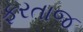
ફરતાજ